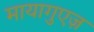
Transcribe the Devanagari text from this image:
मायागुएज़